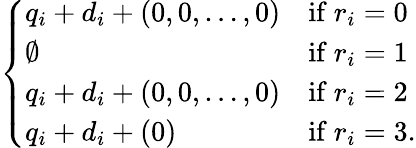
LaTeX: \left\{ \begin{array}{ll}{q_{i}+d_{i}+(0,0,\dots,0)}&{\mathrm{if~}r_{i}=0}\\ {\emptyset}&{\mathrm{if~}r_{i}=1}\\ {q_{i}+d_{i}+(0,0,\dots,0)}&{\mathrm{if~}r_{i}=2}\\ {q_{i}+d_{i}+(0)}&{\mathrm{if~}r_{i}=3.}\end{array}\right.